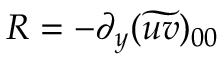
R = - \partial _ { y } ( \widetilde { u v } ) _ { 0 0 }